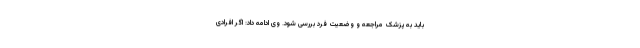
باید به پزشک مراجعه و وضعیت فرد بررسی شود. وی ادامه داد: اگر افرادی